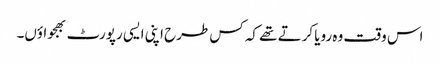
اس وقت وہ رویا کرتے تھے کہ کس طرح اپنی ایسی رپورٹ بھجواؤں۔